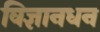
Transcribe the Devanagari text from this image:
विज्ञानधन